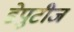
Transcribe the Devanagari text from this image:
डेपुटीज